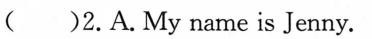
()2. A. My name is Jenny.